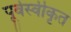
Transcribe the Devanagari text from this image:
पूर्वस्वीकृत